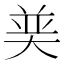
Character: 𮰶